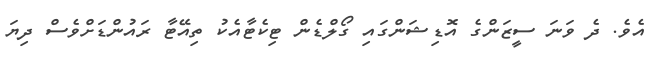
އެވެ. ދެ ވަނަ ސީޒަންގެ އޮޑިޝަންގައި ގޯލްޑެން ޓިކެޓާއެކު ތިއޭޓާ ރައުންޑަށްވެސް ދިޔަ